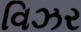
વિઝર